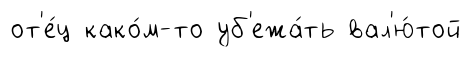
от'е́ц како́м-то уб'ежа́ть вал'ю́той